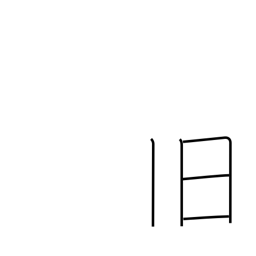
Meaning: old friend